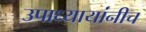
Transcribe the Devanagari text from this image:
उपाध्यायांनीच